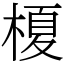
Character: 榎